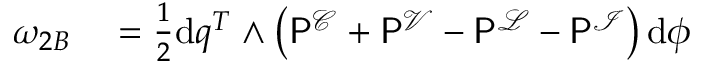
\begin{array} { r l } { \omega _ { 2 B } } & { { } = \frac { 1 } { 2 } \mathrm { d } \boldsymbol { q } ^ { T } \wedge \left( \mathsf { P } ^ { \mathcal { C } } + \mathsf { P } ^ { \mathcal { V } } - \mathsf { P } ^ { \mathcal { L } } - \mathsf { P } ^ { \mathcal { I } } \right) \mathrm { d } \boldsymbol { \phi } } \end{array}